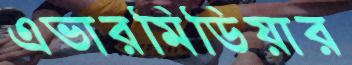
এভারমিডিয়ার